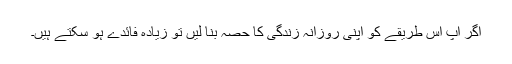
اگر آپ اس طریقے کو اپنی روزانہ زندگی کا حصہ بنا لیں تو زیادہ فائدے ہو سکتے ہیں۔